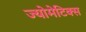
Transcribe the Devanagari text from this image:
ज्योमेटिक्स